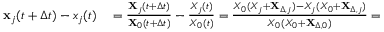
\begin{array} { r l } { \mathbf { x } _ { j } ( t + \Delta t ) - x _ { j } ( t ) } & { { } = \frac { \mathbf { X } _ { j } ( t + \Delta t ) } { \mathbf { X } _ { 0 } ( t + \Delta t ) } - \frac { X _ { j } ( t ) } { X _ { 0 } ( t ) } = \frac { X _ { 0 } ( X _ { j } + \mathbf { X } _ { \Delta , j } ) - X _ { j } ( X _ { 0 } + \mathbf { X } _ { \Delta , j } ) } { X _ { 0 } ( X _ { 0 } + \mathbf { X } _ { \Delta , 0 } ) } = } \end{array}